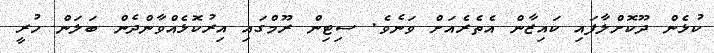
ކުޅެން ދޫކޮށްލާފައި ކައިޒާން އެތެރެއަށް ވަނެވެ. ސިޓިން ރޫމްގައި އިރުކޮޅެއްވާންދެން ބަލަން ހުރީ